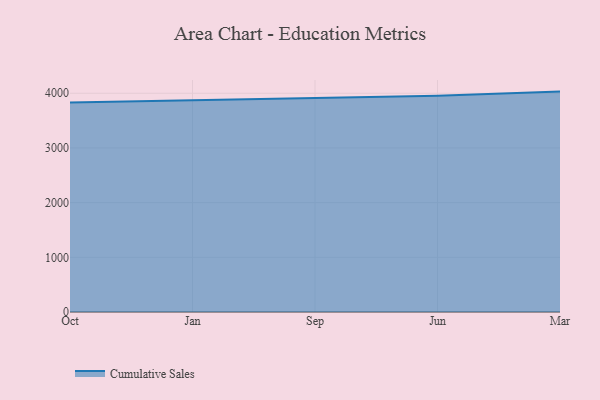
{"axis": {"x": "Month", "y": "Temperature (°C)"}, "legend": ["Cumulative Sales"], "data": [{"x": "Oct", "y": 3832.2, "type": "Cumulative Sales"}, {"x": "Jan", "y": 3874.1, "type": "Cumulative Sales"}, {"x": "Sep", "y": 3905.4, "type": "Cumulative Sales"}, {"x": "Jun", "y": 3955.2, "type": "Cumulative Sales"}, {"x": "Mar", "y": 4030.3, "type": "Cumulative Sales"}]}